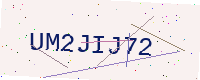
Text: UM2JIJ72